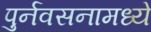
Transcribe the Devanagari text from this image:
पुर्नवसनामध्ये